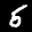
Label: 5